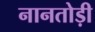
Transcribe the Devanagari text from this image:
नानतोड़ी